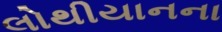
લોથીયાનના